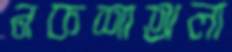
নকশাঅলা